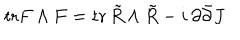
LaTeX: \mathrm { t r } F \wedge F = \mathrm { t r } \, \tilde { R } \wedge \tilde { R } - i \, \partial \bar { \partial } J \,